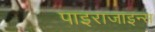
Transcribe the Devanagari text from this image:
पाइराजाइन्स